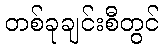
တစ်ခုချင်းစီတွင်